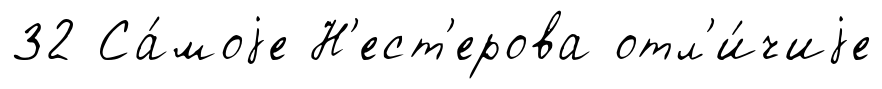
32 Са́моjе Н'ест'ерова отл'и́чиjе